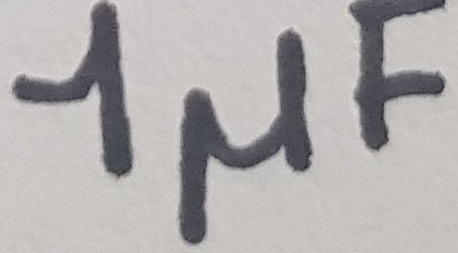
Text: 1µF